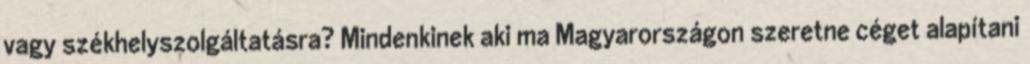
vagy székhelyszolgáltatásra? Mindenkinek aki ma Magyarországon szeretne céget alapítani